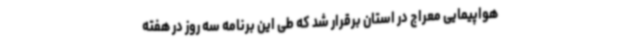
هواپیمایی معراج در استان برقرار شد که طی این برنامه سه روز در هفته